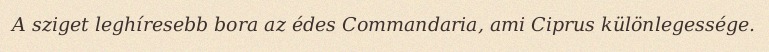
A sziget leghíresebb bora az édes Commandaria, ami Ciprus különlegessége.